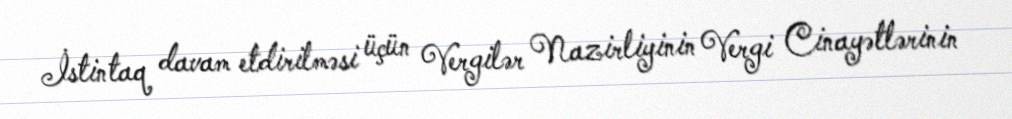
İstintaq davam etdirilməsi üçün Vergilər Nazirliyinin Vergi Cinayətlərinin